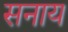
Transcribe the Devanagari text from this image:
सनाय